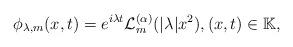
LaTeX: \begin{align*}\phi_{\lambda,m}(x,t)=e^{i\lambda t}\mathcal{L}^{(\alpha)}_{m}(|\lambda|x^2),(x,t)\in \mathbb{K},\end{align*}